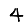
Digit: 4